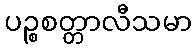
ပဉ္စစတ္တာလီသမာ